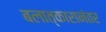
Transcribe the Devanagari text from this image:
बलात्कारानंतर